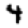
Digit: 4